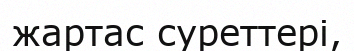
жартас суреттері,